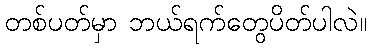
တစ်ပတ်မှာ ဘယ်ရက်တွေပိတ်ပါလဲ။